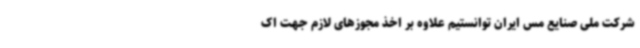
شرکت ملی صنایع مس ایران توانستیم علاوه بر اخذ مجوزهای لازم جهت اک